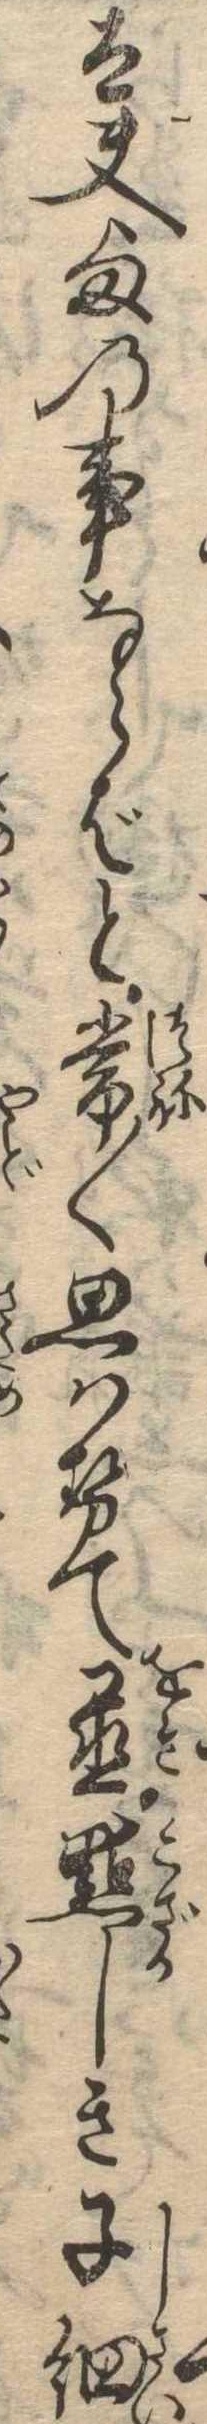
太夫様の事ならばと常〱思はせて置黠しき子細